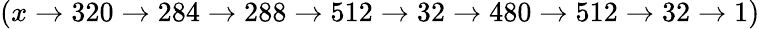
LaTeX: (x\rightarrow 320\rightarrow 284\rightarrow 288\rightarrow 512\rightarrow 32\rightarrow 480\rightarrow 512\rightarrow 32\rightarrow 1)